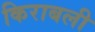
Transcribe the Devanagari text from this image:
किराबली